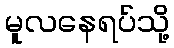
မူလနေရပ်သို့